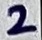
Text: 2